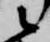
候